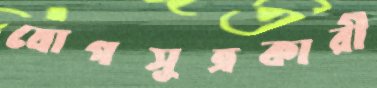
যোগসূত্রকারী